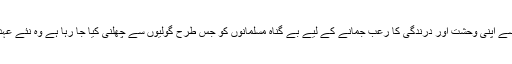
داعش کی جانب سے اپنی وحشت اور درندگی کا رعب جمانے کے لیے بے گناہ مسلمانوں کو جس طرح گولیوں سے چھلنی کیا جا رہا ہے وہ نئے عہد کا دلسوز الم ہے۔